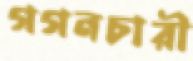
গগনচারী